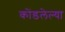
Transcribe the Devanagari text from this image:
कोंडलेल्या